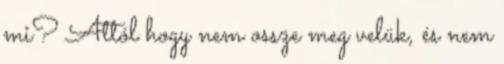
mi? Attól hogy nem ossze meg velük, és nem